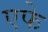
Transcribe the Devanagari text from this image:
एफे